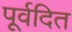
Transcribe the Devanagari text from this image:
पूर्वदित